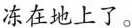
冻在地上了。